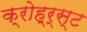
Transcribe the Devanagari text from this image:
क्रोह्र्स्ट